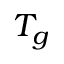
T _ { g }